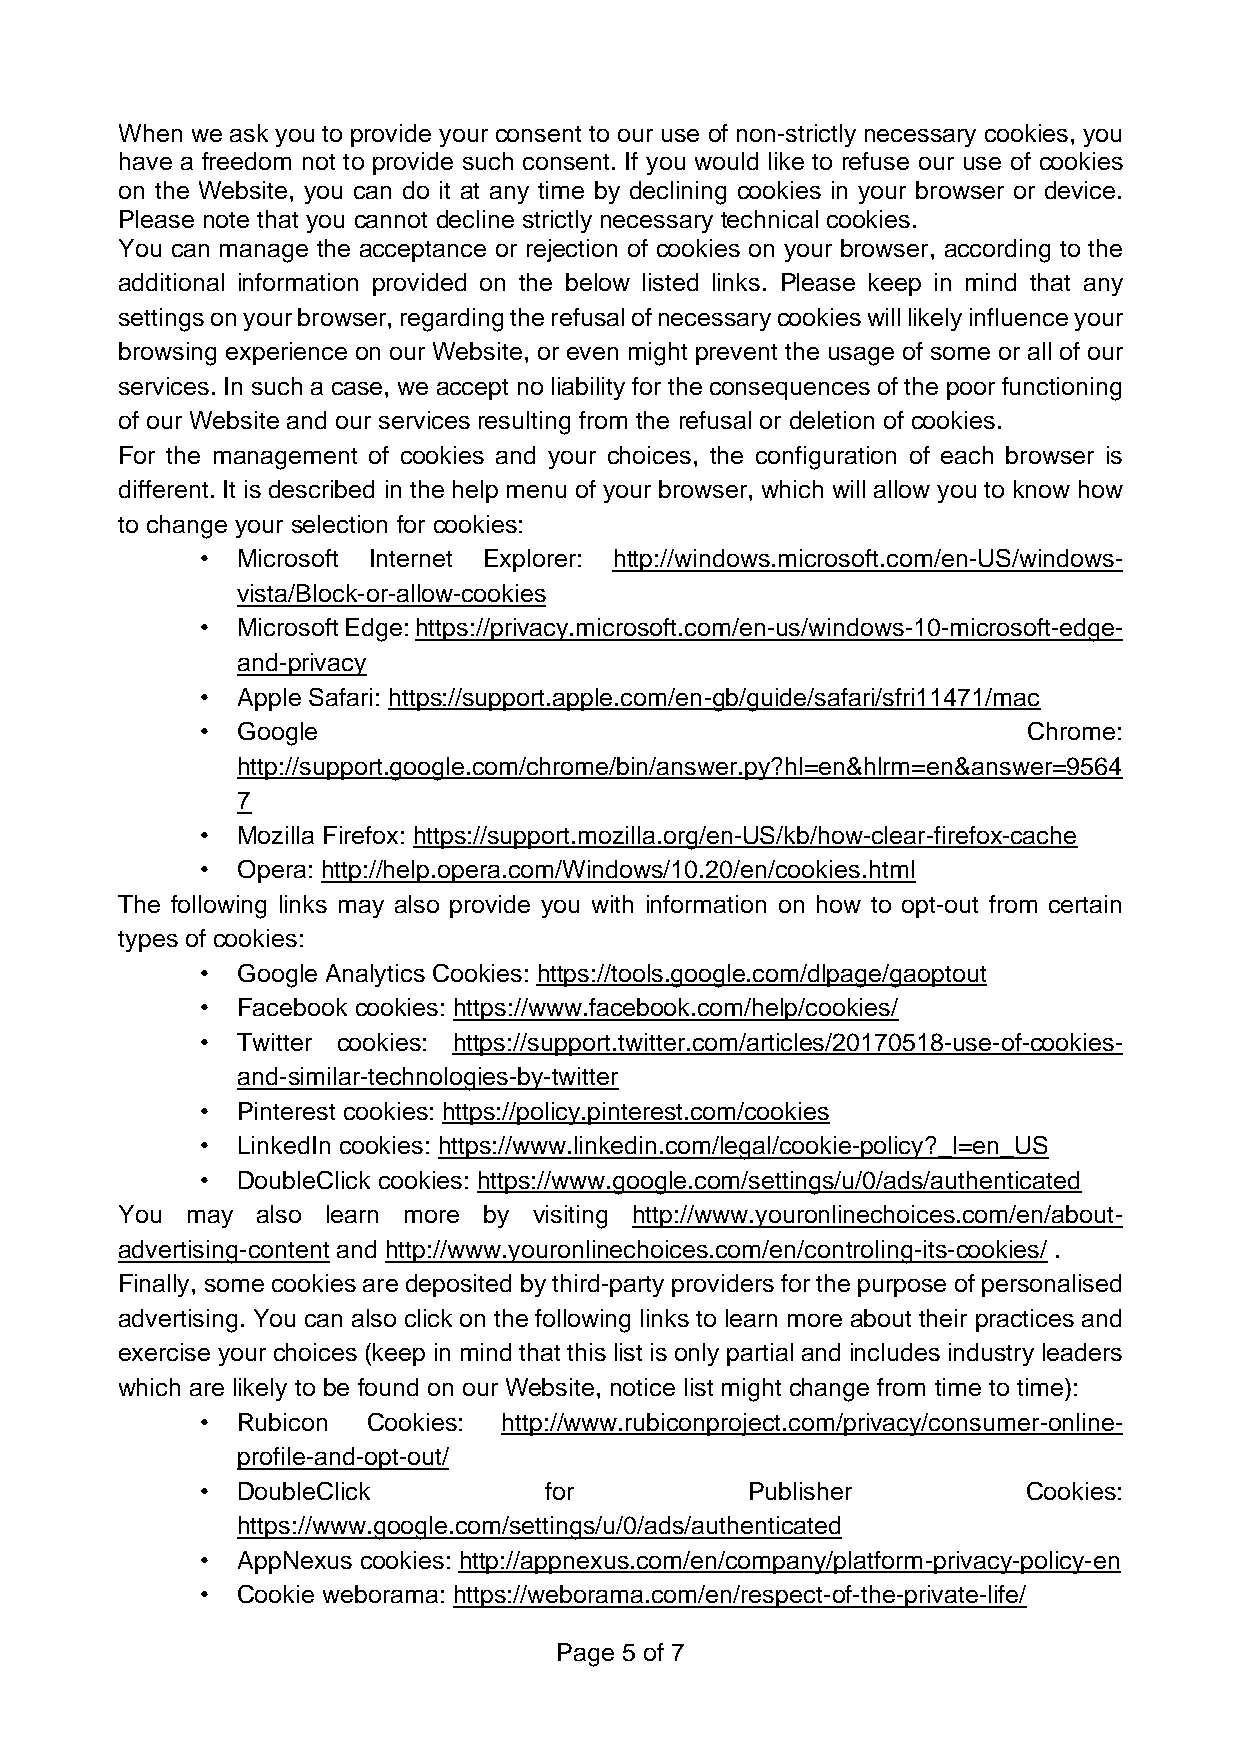
When we ask you to provide your consent to our use of non-strictly necessary cookies, you
 have a freedom not to provide such consent. If you would like to refuse our use of cookies
 on the Website, you can do it at any time by declining cookies in your browser or device.
 Please note that you cannot decline strictly necessary technical cookies.
 You can manage the acceptance or rejection of cookies on your browser, according to the
 additional information provided on the below listed links. Please keep in mind that any
 settings on your browser, regarding the refusal of necessary cookies will likely influence your
 browsing experience on our Website, or even might prevent the usage of some or all of our
 services. In such a case, we accept no liability for the consequences of the poor functioning
 of our Website and our services resulting from the refusal or deletion of cookies.
 For the management of cookies and your choices, the configuration of each browser is
 different. It is described in the help menu of your browser, which will allow you to know how
 to change your selection for cookies:
 •  Microsoft Internet Explorer: http://windows.microsoft.com/en-US/windows-
 vista/Block-or-allow-cookies
 •  Microsoft Edge: https://privacy.microsoft.com/en-us/windows-10-microsoft-edge-
 and-privacy
 •  Apple Safari: https://support.apple.com/en-gb/guide/safari/sfri11471/mac
 •  Google                                              Chrome:
 http://support.google.com/chrome/bin/answer.py?hl=en&hlrm=en&answer=9564
 7
 •  Mozilla Firefox: https://support.mozilla.org/en-US/kb/how-clear-firefox-cache
 •  Opera: http://help.opera.com/Windows/10.20/en/cookies.html
 The following links may also provide you with information on how to opt-out from certain
 types of cookies:
 •  Google Analytics Cookies: https://tools.google.com/dlpage/gaoptout
 •  Facebook cookies: https://www.facebook.com/help/cookies/
 •  Twitter cookies: https://support.twitter.com/articles/20170518-use-of-cookies-
 and-similar-technologies-by-twitter
 •  Pinterest cookies: https://policy.pinterest.com/cookies
 •  LinkedIn cookies: https://www.linkedin.com/legal/cookie-policy?_l=en_US
 •  DoubleClick cookies: https://www.google.com/settings/u/0/ads/authenticated
 You may  also learn more by visiting http://www.youronlinechoices.com/en/about-
 advertising-content and http://www.youronlinechoices.com/en/controling-its-cookies/ .
 Finally, some cookies are deposited by third-party providers for the purpose of personalised
 advertising. You can also click on the following links to learn more about their practices and
 exercise your choices (keep in mind that this list is only partial and includes industry leaders
 which are likely to be found on our Website, notice list might change from time to time):
 •  Rubicon Cookies: http://www.rubiconproject.com/privacy/consumer-online-
 profile-and-opt-out/
 •  DoubleClick         for          Publisher          Cookies:
 https://www.google.com/settings/u/0/ads/authenticated
 •  AppNexus cookies: http://appnexus.com/en/company/platform-privacy-policy-en
 •  Cookie weborama: https://weborama.com/en/respect-of-the-private-life/
 Page 5 of 7